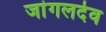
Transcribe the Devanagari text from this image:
जांगलदेव